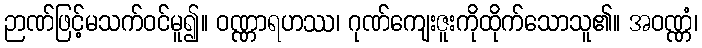
ဉာဏ်ဖြင့်မသက်ဝင်မူ၍။ ဝဏ္ဏာရဟဿ၊ ဂုဏ်ကျေးဇူးကိုထိုက်သောသူ၏။ အဝဏ္ဏံ၊